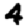
Digit: 4